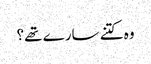
وہ کتنے سارے تھے؟